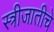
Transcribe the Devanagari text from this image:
स्त्रीजातीचे